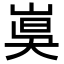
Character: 𡸦